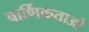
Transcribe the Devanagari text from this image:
वार्णिकताओं